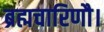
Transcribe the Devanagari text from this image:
ब्रह्मचारिणौ।